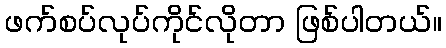
ဖက်စပ်လုပ်ကိုင်လိုတာ ဖြစ်ပါတယ်။